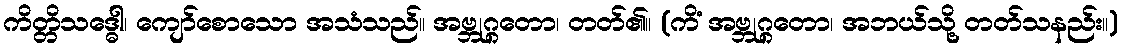
ကိတ္တိသဒ္ဓေါ၊ ကျော်စောသော အသံသည်။ အဗ္ဘုဂ္ဂတော၊ တတ်၏။ (ကိံ အဗ္ဘုဂ္ဂတော၊ အဘယ်သို့ တတ်သနည်း။)